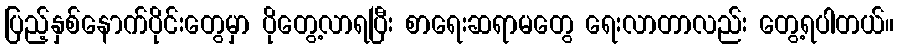
ပြည့်နှစ်နောက်ပိုင်းတွေမှာ ပိုတွေ့လာရပြီး စာရေးဆရာမတွေ ရေးလာတာလည်း တွေ့ရပါတယ်။